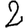
Digit: 2